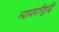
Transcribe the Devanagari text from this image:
न्यायपरिशुद्धि